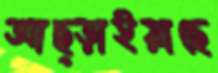
আছ্‌ড়াইয়াছে